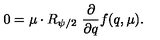
0 = \mu \cdot R _ { \psi / 2 } \ { \frac { \partial } { \partial q } } f ( q , \mu ) .